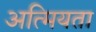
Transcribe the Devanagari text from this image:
अत्मियता